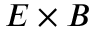
E \times B